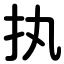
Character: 执